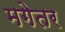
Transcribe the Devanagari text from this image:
मगेतर